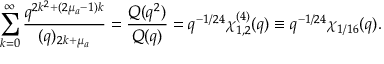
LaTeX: \sum _ { k = 0 } ^ { \infty } \frac { q ^ { 2 k ^ { 2 } + ( 2 \mu _ { a } - 1 ) k } } { ( q ) _ { 2 k + \mu _ { a } } } = \frac { Q ( q ^ { 2 } ) } { Q ( q ) } = q ^ { - 1 / 2 4 } \chi _ { 1 , 2 } ^ { ( 4 ) } ( q ) \equiv q ^ { - 1 / 2 4 } \chi _ { 1 / 1 6 } ( q ) .